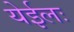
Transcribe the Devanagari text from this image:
येईलः